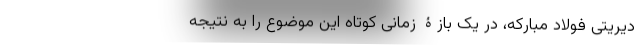
دیریتی فولاد مبارکه، در یک بازۀ زمانی کوتاه این موضوع را به نتیجه